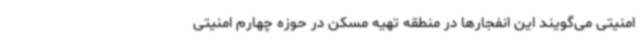
امنیتی می‌گویند این انفجارها در منطقه تهیه مسکن در حوزه چهارم امنیتی